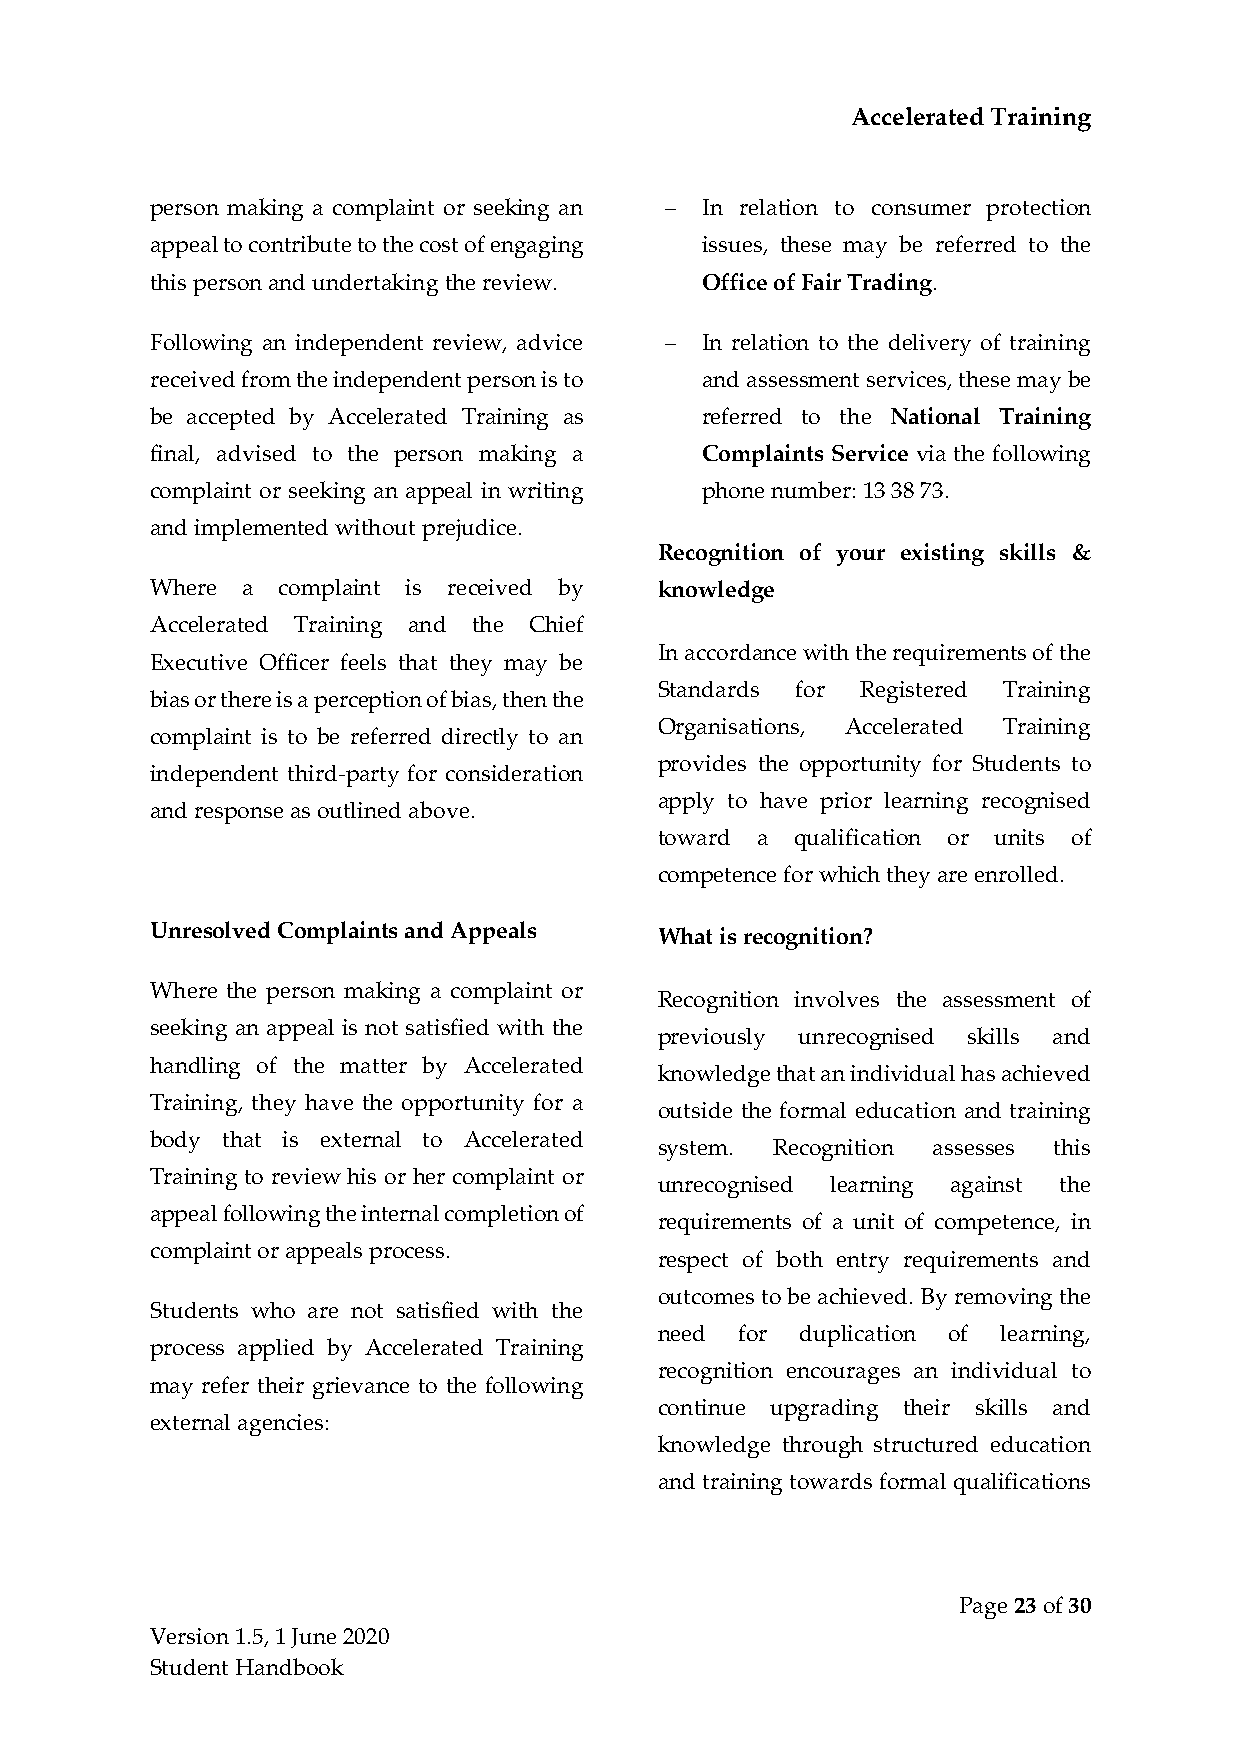
Accelerated Training
 person making a complaint or seeking an − In relation to consumer protection
 appeal to contribute to the cost of engaging issues, these may be referred to the
 this person and undertaking the review. Office of Fair Trading.
 Following an independent review, advice − In relation to the delivery of training
 received from the independent person is to and assessment services, these may be
 be accepted by Accelerated Training as referred to the National Training
 final, advised to the person making a Complaints Service via the following
 complaint or seeking an appeal in writing phone number: 13 38 73.
 and implemented without prejudice.
 Recognition of your existing skills &
 Where a complaint is received by  knowledge
 Accelerated Training and the Chief
 In accordance with the requirements of the
 Executive Officer feels that they may be
 Standards for Registered Training
 bias or there is a perception of bias, then the
 Organisations, Accelerated Training
 complaint is to be referred directly to an
 provides the opportunity for Students to
 independent third-party for consideration
 apply to have prior learning recognised
 and response as outlined above.
 toward a qualification or units of
 competence for which they are enrolled.
 Unresolved Complaints and Appeals What is recognition?
 Where the person making a complaint or
 Recognition involves the assessment of
 seeking an appeal is not satisfied with the
 previously unrecognised skills and
 handling of the matter by Accelerated
 knowledge that an individual has achieved
 Training, they have the opportunity for a
 outside the formal education and training
 body that is external to Accelerated
 system. Recognition assesses this
 Training to review his or her complaint or
 unrecognised learning against the
 appeal following the internal completion of
 requirements of a unit of competence, in
 complaint or appeals process.
 respect of both entry requirements and
 outcomes to be achieved. By removing the
 Students who are not satisfied with the
 need for duplication of learning,
 process applied by Accelerated Training
 recognition encourages an individual to
 may refer their grievance to the following
 continue upgrading their skills and
 external agencies:
 knowledge through structured education
 and training towards formal qualifications
 Page 23 of 30
 Version 1.5, 1 June 2020
 Student Handbook